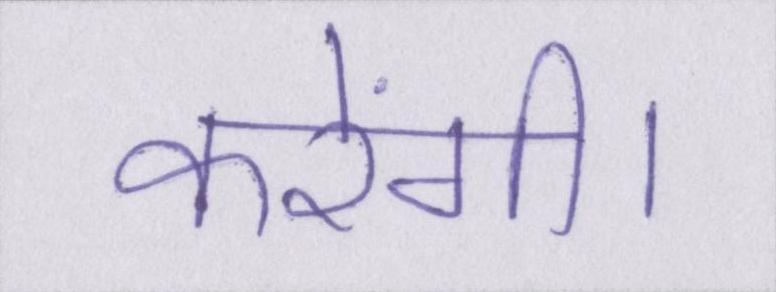
करेंगी।